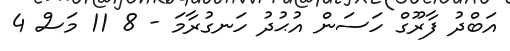
އަބްދު ފާރޫގް ހަސަން އުޙުދު ހަނގުރާމަ - 8 11 މަސް 4